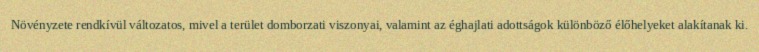
Növényzete rendkívül változatos, mivel a terület domborzati viszonyai, valamint az éghajlati adottságok különböző élőhelyeket alakítanak ki.